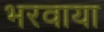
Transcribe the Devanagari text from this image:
भरवाया